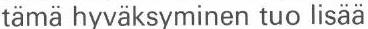
tämä hyväksyminen tuo lisää